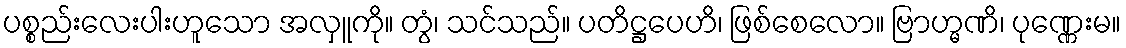
ပစ္စည်းလေးပါးဟူသော အလှူကို။ တွံ၊ သင်သည်။ ပတိဋ္ဌပေဟိ၊ ဖြစ်စေလော။ ဗြာဟ္မဏိ၊ ပုဏ္ဏေးမ။